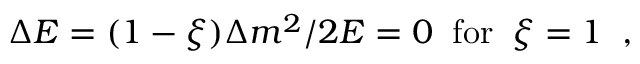
\Delta E = ( 1 - \xi ) \Delta m ^ { 2 } / 2 E = 0 \; \; \mathrm { f o r } \; \; \xi = 1 \; \; ,